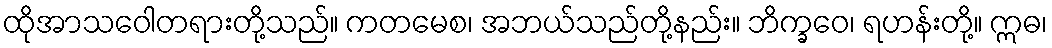
ထိုအာသဝေါတရားတို့သည်။ ကတမေစ၊ အဘယ်သည်တို့နည်း။ ဘိက္ခဝေ၊ ရဟန်းတို့။ ဣဓ၊